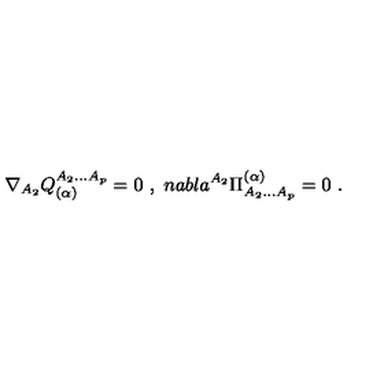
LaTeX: \nabla _ { A _ { 2 } } { Q _ { ( \alpha ) } ^ { A _ { 2 } . . . A _ { p } } } = 0 \ , \ n a b l a ^ { A _ { 2 } } { \Pi _ { A _ { 2 } . . . A _ { p } } ^ { ( \alpha ) } } = 0 \ .